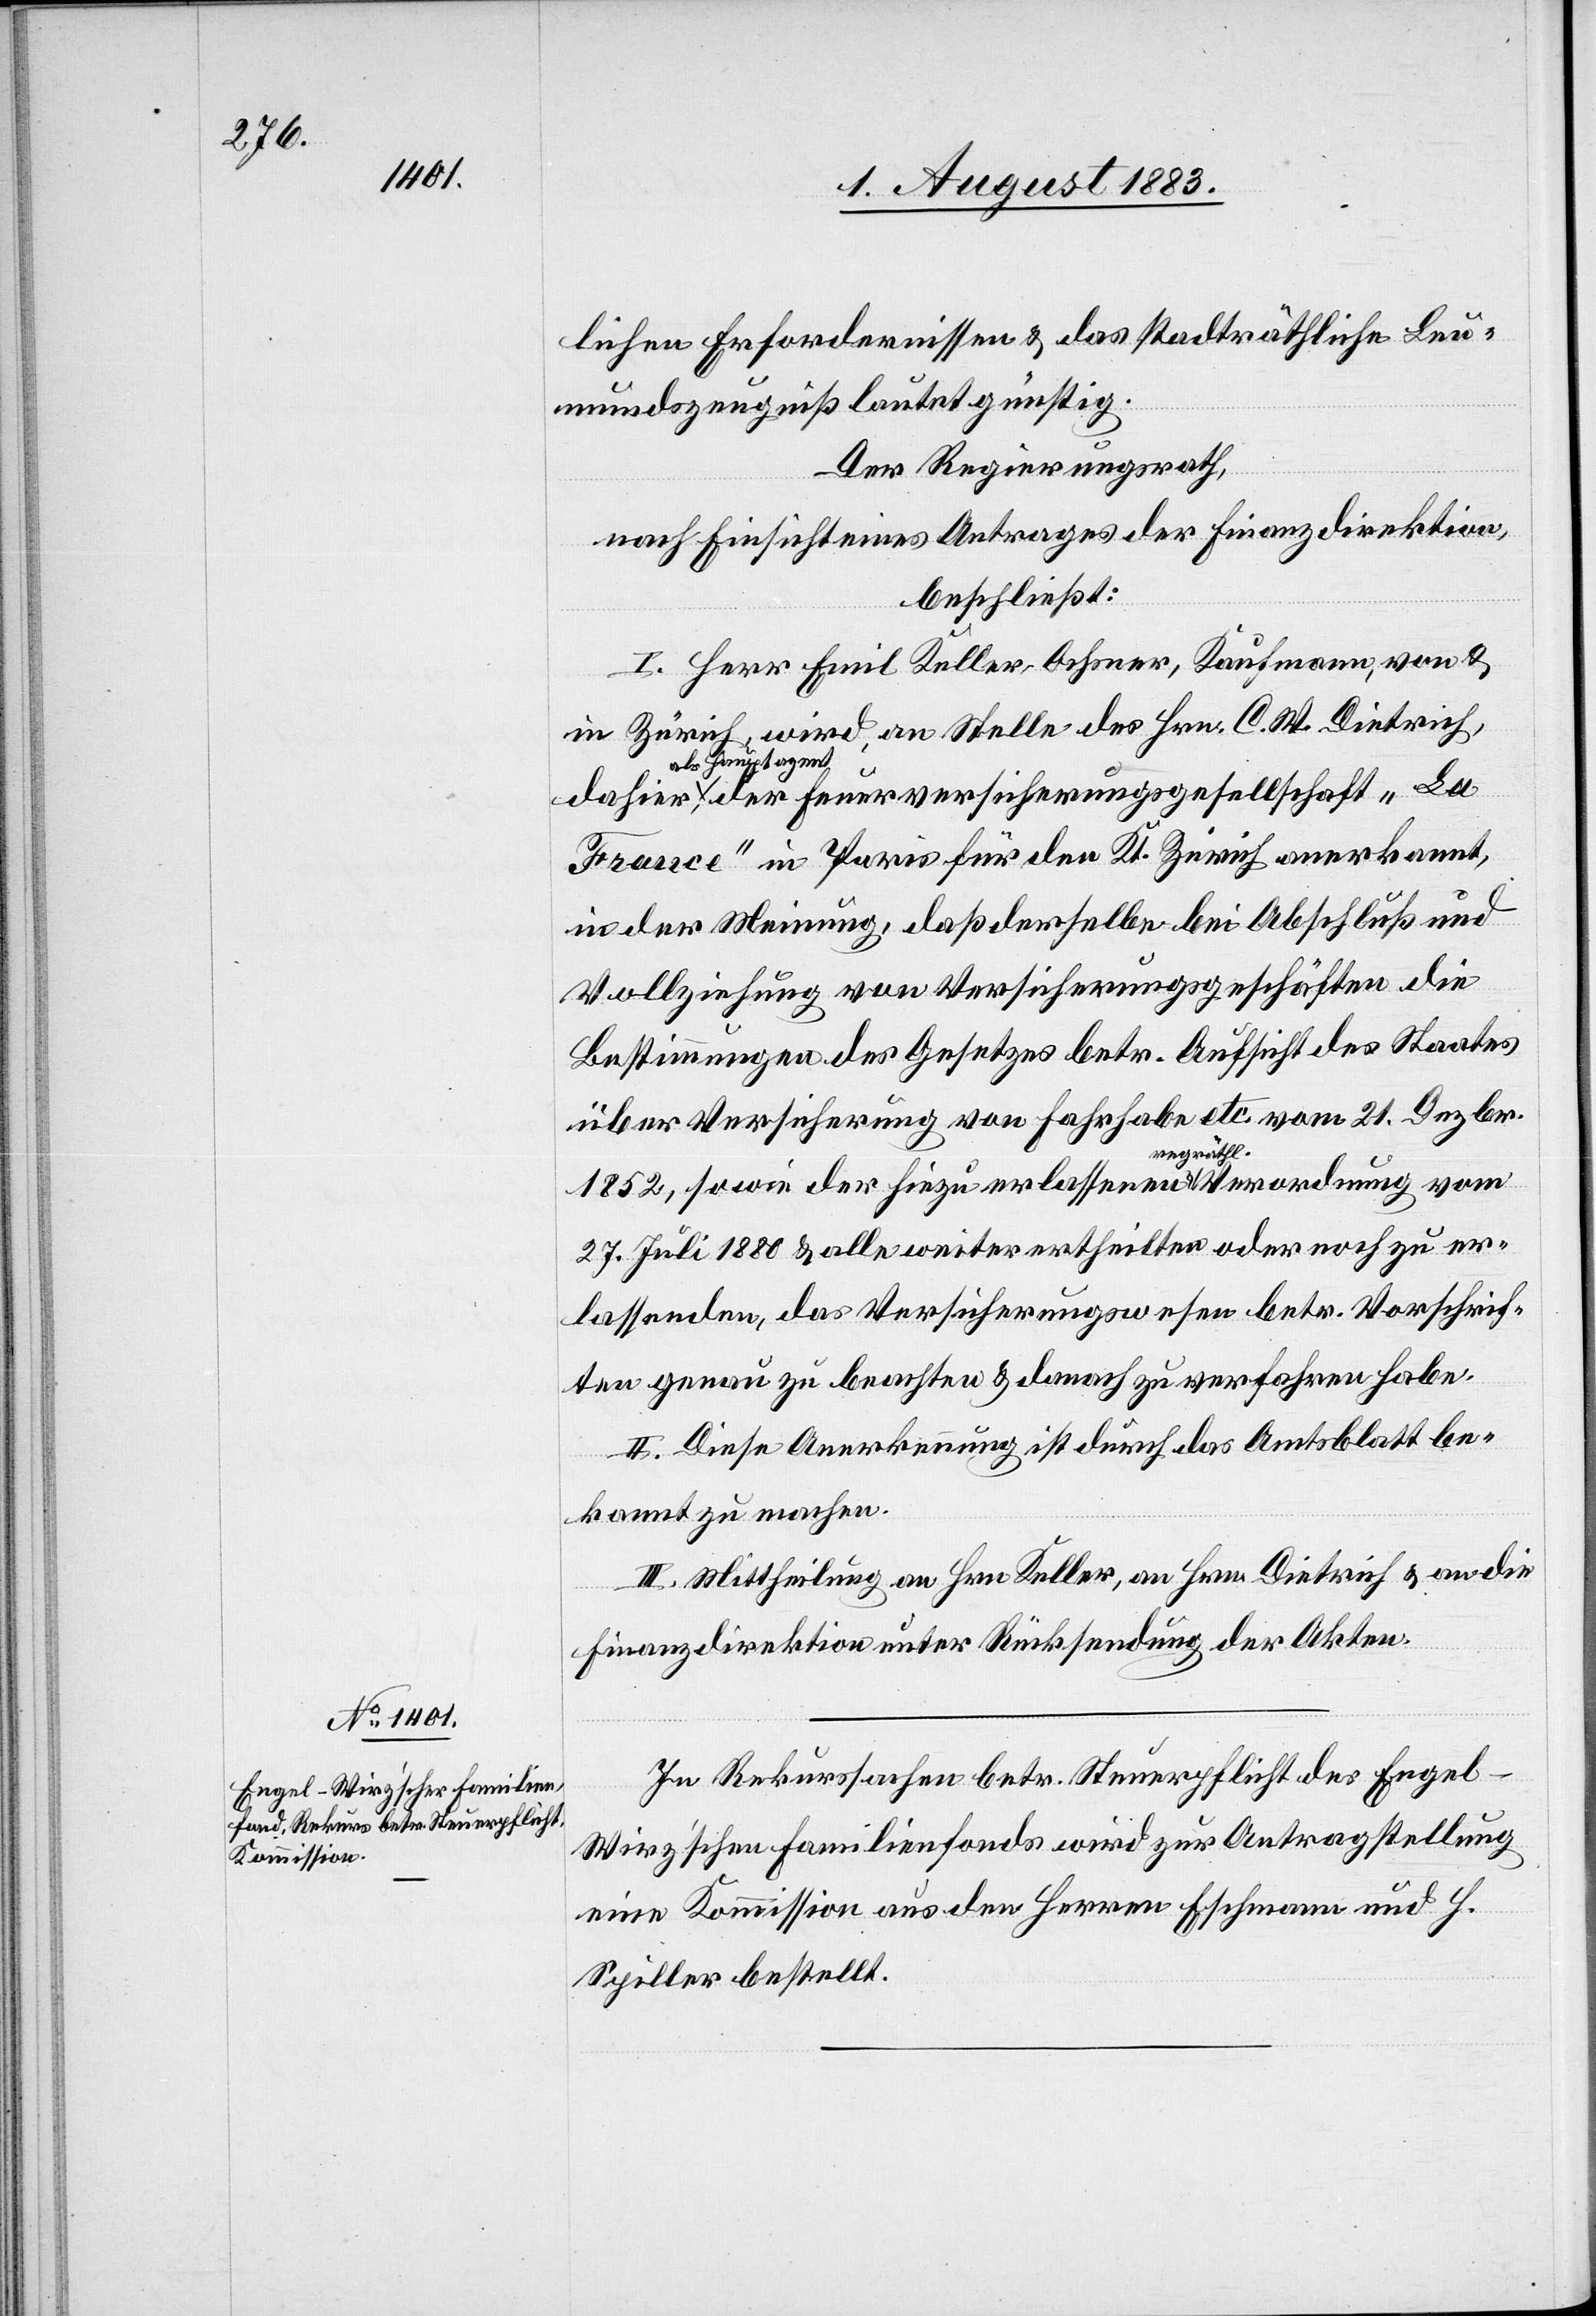
lichen Erfordernissen & das stadträthliche Leu¬
mundszeugniß lautet günstig.
Der Regierungsrath,
nach Einsicht eines Antrages der Finanzdirektion,
beschließt:
I. Herr Emil Keller-Ochsner, Kaufmann, von &
in Zürich, wird, an Stelle des Hrn. C. W. Dietrich,
a-als Hauptagen¬
t-a der Feuerversicherungsgesellschaft „La
France“ in Paris für den Kt. Zürich anerkannt,
in der Meinung, daß derselbe bei Abschluß und
Vollziehung von Versicherungsgeschäften die
Bestimmungen des Gesetzes betr. Aufsicht des Staates
über Versicherung von Fahrhabe etc. vom 21. Dezbr.
1852, sowie der hiezu erlassenen regräthl. Verordnung vom
27. Juli 1880 & alle weiter ertheilten oder noch zu er¬
lassenden, das Versicherungswesen betr. Vorschrif¬
ten genau zu beachten & danach zu verfahren habe.
II. Diese Anerkennung ist durch das Amtsblatt be¬
kannt zu machen.
III. Mittheilung an Hrn. Keller, an Hrn. Dietrich & an die
Finanzdirektion unter Rücksendung der Akten.
In Rekurssachen betr. Steuerpflicht des Engel-W¬
irz’schen Familienfonds wird zur Antragstellung
eine Kommission aus den Herren Eschmann und H.
Spiller bestellt.